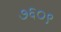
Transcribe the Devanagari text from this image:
७६०९